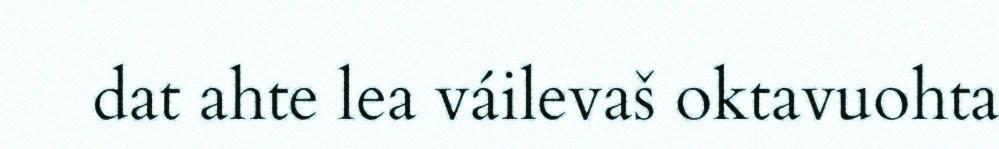
dat ahte lea váilevaš oktavuohta